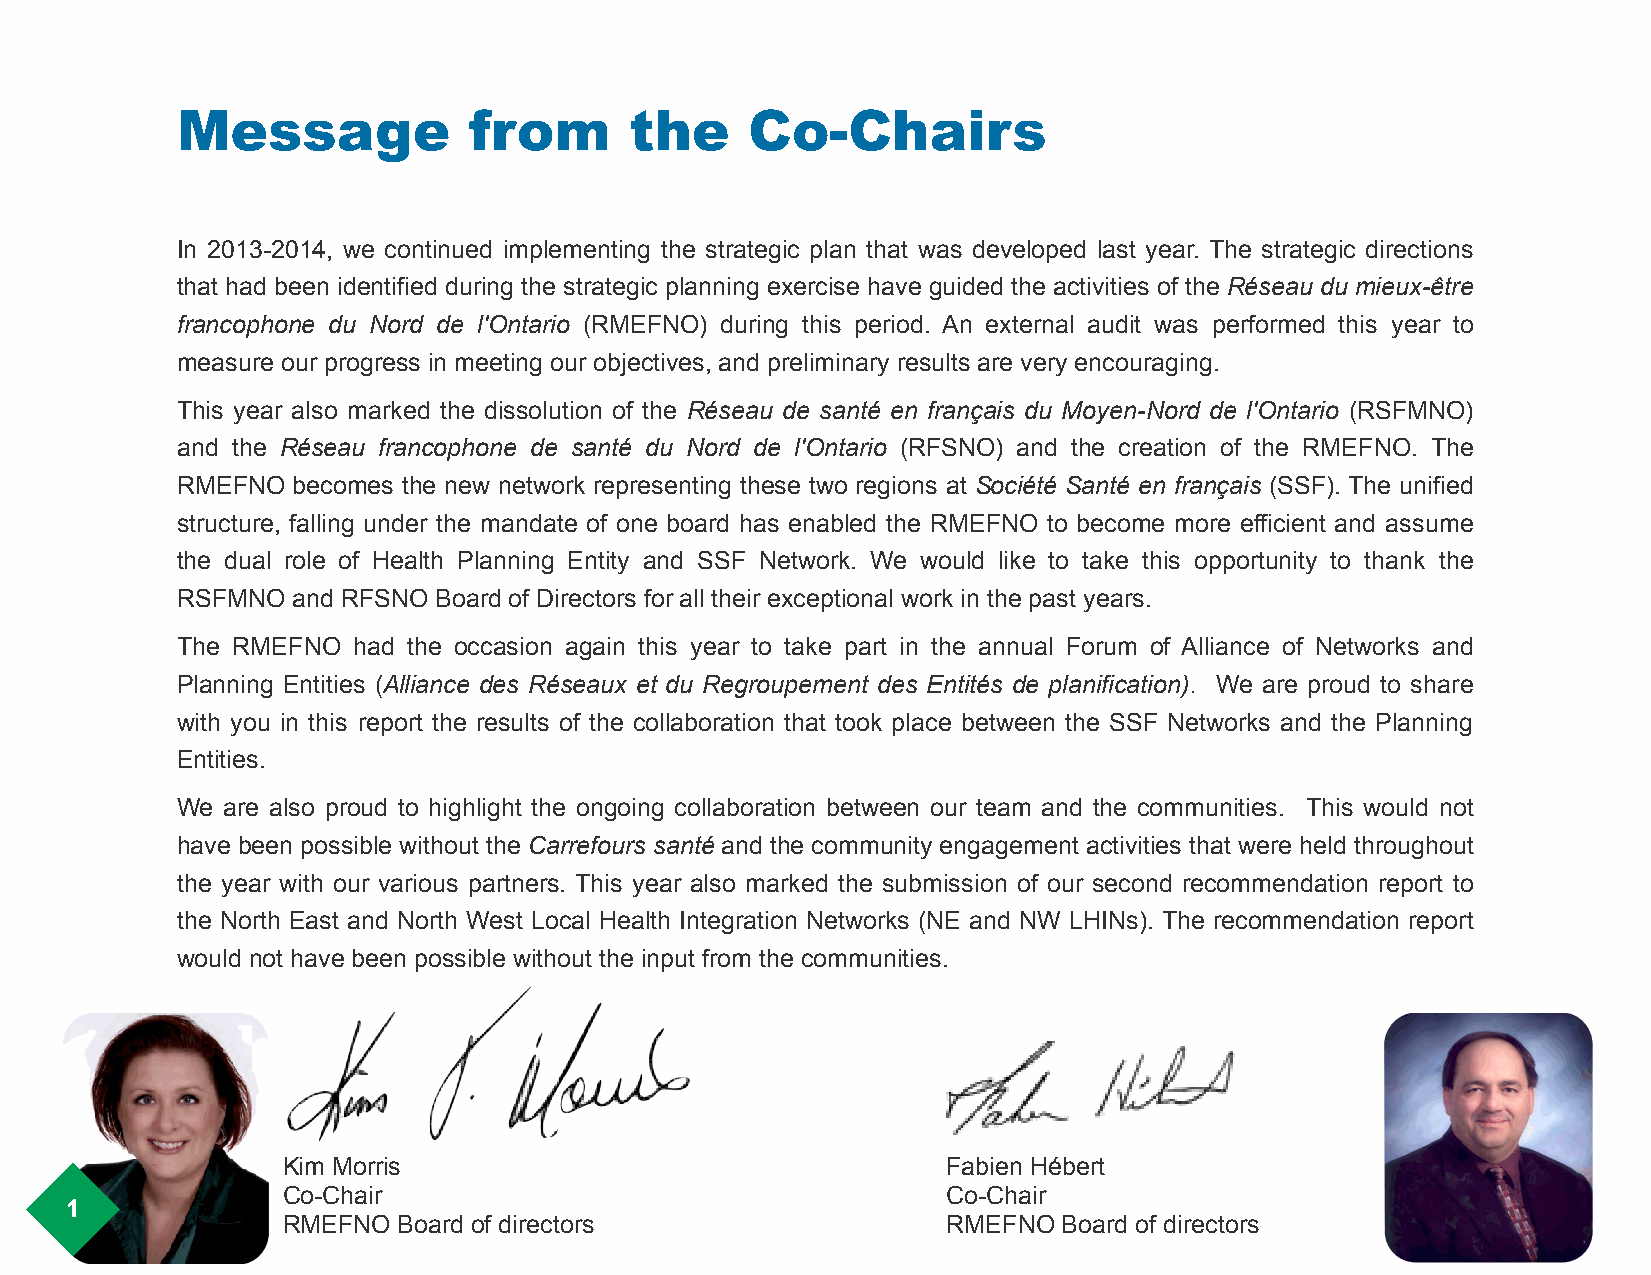
Message            from       the     Co-Chairs
 !
 In 2013-2014, we continued implementing the strategic plan that was developed last year. The strategic directions
 that had been identified during the strategic planning exercise have guided the activities of the Réseau du mieux-être
 francophone du Nord de l'Ontario (RMEFNO) during this period. An external audit was performed this year to
 measure our progress in meeting our objectives, and preliminary results are very encouraging.
 This year also marked the dissolution of the Réseau de santé en français du Moyen-Nord de l'Ontario (RSFMNO)
 and the Réseau francophone de santé du Nord de l'Ontario (RFSNO) and the creation of the RMEFNO. The
 RMEFNO becomes the new network representing these two regions at Société Santé en français (SSF). The unified
 structure, falling under the mandate of one board has enabled the RMEFNO to become more efficient and assume
 the dual role of Health Planning Entity and SSF Network. We would like to take this opportunity to thank the
 RSFMNO and RFSNO Board of Directors for all their exceptional work in the past years.
 The RMEFNO had the occasion again this year to take part in the annual Forum of Alliance of Networks and
 Planning Entities (Alliance des Réseaux et du Regroupement des Entités de planification). We are proud to share
 with you in this report the results of the collaboration that took place between the SSF Networks and the Planning
 Entities.
 We are also proud to highlight the ongoing collaboration between our team and the communities. This would not
 have been possible without the Carrefours santé and the community engagement activities that were held throughout
 the year with our various partners. This year also marked the submission of our second recommendation report to
 the North East and North West Local Health Integration Networks (NE and NW LHINs). The recommendation report
 would not have been possible without the input from the communities.
 !
 Kim Morris                                  Fabien Hébert
 Co-Chair                                    Co-Chair
 1
 RMEFNO Board of directors                   RMEFNO Board of directors